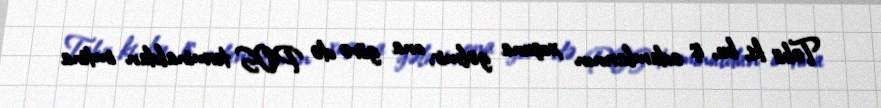
Təbii ki, bu, iş adamlarının xoşuna gəlmir, ona görə də POS terminaldan imtina